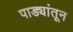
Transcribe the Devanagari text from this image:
पाड्यांतून